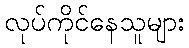
လုပ်ကိုင်နေသူများ